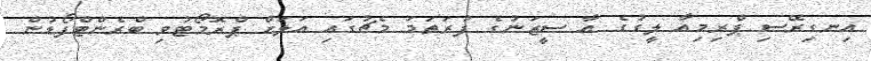
އިނގިރޭސި ޕްރިމިއާ ލީގުގެ އާ ސީޒަނުގެ ފުރަތަމަ މެޗުގައި އަލަށް ޕްރޮމޯޓުވި ބްރެންޓްފޯޑުން